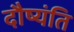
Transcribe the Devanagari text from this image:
दौष्यंति